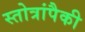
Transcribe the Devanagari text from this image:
स्तोत्रांपैकी